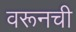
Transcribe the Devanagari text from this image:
वरूनची